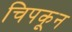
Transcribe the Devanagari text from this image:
चिपकून